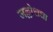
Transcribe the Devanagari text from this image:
जल्लोशचा